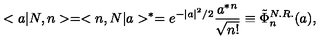
< a | N , n > = < n , N | a > ^ { * } = e ^ { - | a | ^ { 2 } / 2 } \frac { a ^ { * } { } ^ { n } } { \sqrt { n ! } } \equiv \tilde { \Phi } _ { n } ^ { N . R . } ( a ) ,